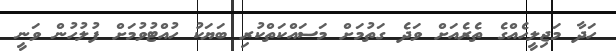
ހަދާ މަޖިލީހެއްގެ ތެރެއަށް ވަދެ ގަތުމަށް މަސައްކަތްކުރި ބަޔަކު ހުއްޓުވުމަށް ފުލުހުން ވަނީ